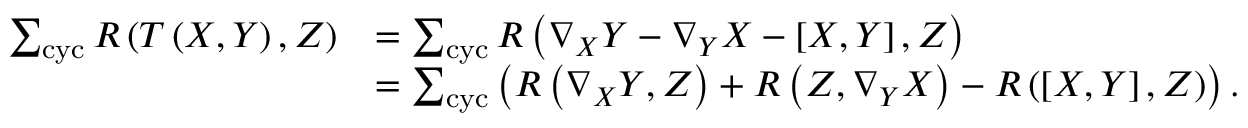
\begin{array} { r l } { \sum _ { \mathrm { c y c } } R \left( T \left( X , Y \right) , Z \right) } & { = \sum _ { \mathrm { c y c } } R \left( \nabla _ { X } Y - \nabla _ { Y } X - \left[ X , Y \right] , Z \right) \mathrm { \ \ \ \ \ \ \ \ \ \ \ \ \ \ \ \ \ \ \ \ \ \ \ \ } } \\ & { = \sum _ { \mathrm { c y c } } \left( R \left( \nabla _ { X } Y , Z \right) + R \left( Z , \nabla _ { Y } X \right) - R \left( \left[ X , Y \right] , Z \right) \right) . } \end{array}